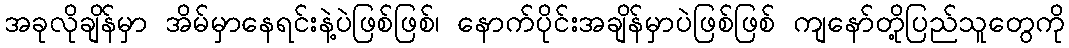
အခုလိုချိန်မှာ အိမ်မှာနေရင်းနဲ့ပဲဖြစ်ဖြစ်၊ နောက်ပိုင်းအချိန်မှာပဲဖြစ်ဖြစ် ကျနော်တို့ပြည်သူတွေကို